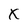
Character: X